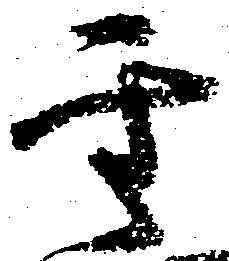
聖